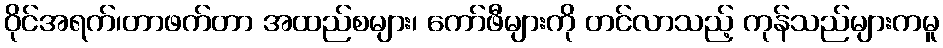
ဝိုင်အရက်၊တာဖက်တာ အထည်စများ၊ ကော်ဖီများကို တင်လာသည့် ကုန်သည်များကမူ